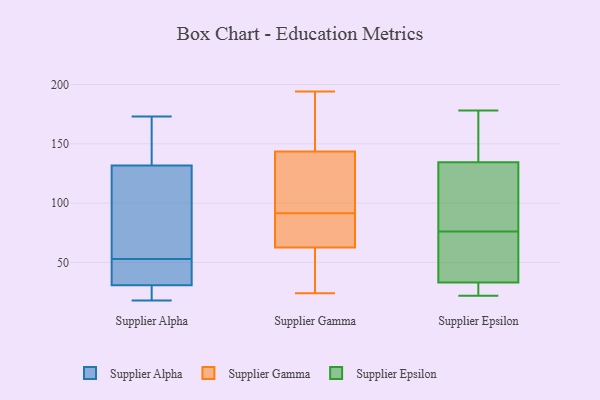
{"axis": {"x": "Churn Rate (%)", "y": "Value"}, "legend": ["Supplier Alpha", "Supplier Epsilon", "Supplier Gamma"], "data": [{"x": "", "y": 33, "type": "Supplier Alpha"}, {"x": "", "y": 23, "type": "Supplier Alpha"}, {"x": "", "y": 116, "type": "Supplier Alpha"}, {"x": "", "y": 37, "type": "Supplier Alpha"}, {"x": "", "y": 167, "type": "Supplier Alpha"}, {"x": "", "y": 161, "type": "Supplier Alpha"}, {"x": "", "y": 53, "type": "Supplier Alpha"}, {"x": "", "y": 122, "type": "Supplier Alpha"}, {"x": "", "y": 18, "type": "Supplier Alpha"}, {"x": "", "y": 73, "type": "Supplier Alpha"}, {"x": "", "y": 51, "type": "Supplier Alpha"}, {"x": "", "y": 173, "type": "Supplier Alpha"}, {"x": "", "y": 24, "type": "Supplier Alpha"}, {"x": "", "y": 106, "type": "Supplier Gamma"}, {"x": "", "y": 153, "type": "Supplier Gamma"}, {"x": "", "y": 56, "type": "Supplier Gamma"}, {"x": "", "y": 194, "type": "Supplier Gamma"}, {"x": "", "y": 69, "type": "Supplier Gamma"}, {"x": "", "y": 24, "type": "Supplier Gamma"}, {"x": "", "y": 175, "type": "Supplier Gamma"}, {"x": "", "y": 71, "type": "Supplier Gamma"}, {"x": "", "y": 77, "type": "Supplier Gamma"}, {"x": "", "y": 130, "type": "Supplier Gamma"}, {"x": "", "y": 134, "type": "Supplier Gamma"}, {"x": "", "y": 39, "type": "Supplier Gamma"}, {"x": "", "y": 27, "type": "Supplier Epsilon"}, {"x": "", "y": 98, "type": "Supplier Epsilon"}, {"x": "", "y": 159, "type": "Supplier Epsilon"}, {"x": "", "y": 126, "type": "Supplier Epsilon"}, {"x": "", "y": 48, "type": "Supplier Epsilon"}, {"x": "", "y": 42, "type": "Supplier Epsilon"}, {"x": "", "y": 143, "type": "Supplier Epsilon"}, {"x": "", "y": 90, "type": "Supplier Epsilon"}, {"x": "", "y": 94, "type": "Supplier Epsilon"}, {"x": "", "y": 22, "type": "Supplier Epsilon"}, {"x": "", "y": 31, "type": "Supplier Epsilon"}, {"x": "", "y": 151, "type": "Supplier Epsilon"}, {"x": "", "y": 51, "type": "Supplier Epsilon"}, {"x": "", "y": 178, "type": "Supplier Epsilon"}, {"x": "", "y": 35, "type": "Supplier Epsilon"}, {"x": "", "y": 23, "type": "Supplier Epsilon"}, {"x": "", "y": 23, "type": "Supplier Epsilon"}, {"x": "", "y": 62, "type": "Supplier Epsilon"}, {"x": "", "y": 157, "type": "Supplier Epsilon"}, {"x": "", "y": 119, "type": "Supplier Epsilon"}]}